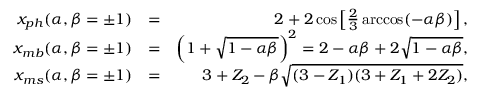
\begin{array} { r l r } { x _ { p h } ( \alpha , \beta = \pm 1 ) } & { = } & { 2 + 2 \cos \left[ \frac { 2 } { 3 } \operatorname { a r c c o s } ( - \alpha \beta ) \right] , } \\ { x _ { m b } ( \alpha , \beta = \pm 1 ) } & { = } & { \left( 1 + \sqrt { 1 - \alpha \beta } \right) ^ { 2 } = 2 - \alpha \beta + 2 \sqrt { 1 - \alpha \beta } , } \\ { x _ { m s } ( \alpha , \beta = \pm 1 ) } & { = } & { 3 + Z _ { 2 } - \beta \sqrt { ( 3 - Z _ { 1 } ) ( 3 + Z _ { 1 } + 2 Z _ { 2 } ) } , } \end{array}